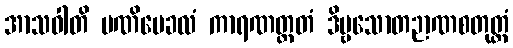
အာသဝါတိ မဏိမေခလံ ကာရဏတ္ထတံ ဒိဗ္ဗသောတဉာဏစတုတ္ထံ